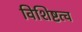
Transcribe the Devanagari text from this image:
विशिष्टत्व